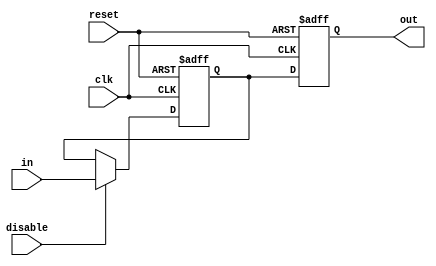
module DisableBlock (
    input wire clk,          // Clock signal
    input wire reset,        // Asynchronous reset signal
    input wire disable,      // Control signal to enable/disable the block
    input wire [N-1:0] in,   // Input data (N-bit wide)
    output reg [N-1:0] out   // Output data (N-bit wide)
);
    parameter N = 8;         // Parameter for data width, can be adjusted

    // Internal register to hold the output state
    reg [N-1:0] internal_reg;

    always @(posedge clk or posedge reset) begin
        if (reset) begin
            // Reset behavior: drive output to a predefined state (e.g., 0)
            out <= {N{1'b0}};
            internal_reg <= {N{1'b0}};
        end else if (disable) begin
            // Active state: pass input to output
            internal_reg <= in;
            out <= internal_reg;
        end else begin
            // Inactive state: hold the last value
            out <= internal_reg;
        end
    end

endmodule